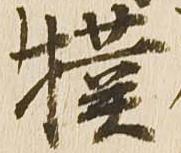
撲